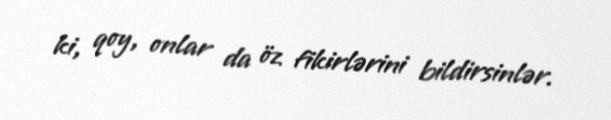
ki, qoy, onlar da öz fikirlərini bildirsinlər.